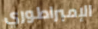
الإمبراطوري